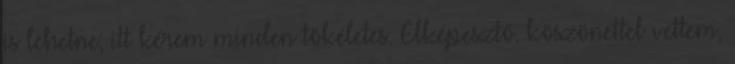
is lehetne; itt kérem minden tökéletes. Elképesztő. köszönettel vettem,